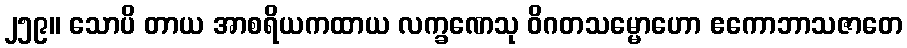
၂၅၉။ သောပိ တာယ အာစရိယကထာယ လက္ခဏေသု ဝိဂတသမ္မောဟော ဧကောဘာသဇာတေ